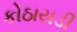
કોઠાયડી